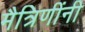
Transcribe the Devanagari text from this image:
मैत्रिणींनी